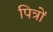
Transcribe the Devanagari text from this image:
पित्रों